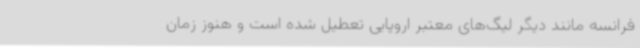
فرانسه مانند دیگر لیگ‌های معتبر اروپایی تعطیل شده است و هنوز زمان